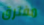
مفترق